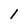
Character: l